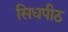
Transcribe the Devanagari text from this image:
सिधपीठ